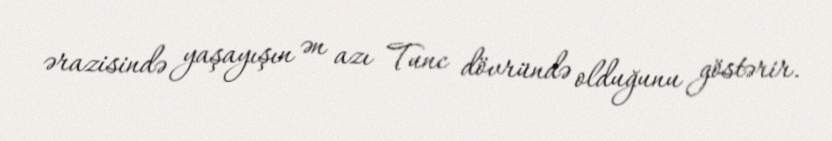
ərazisində yaşayışın ən azı Tunc dövründə olduğunu göstərir.